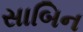
સાબિન